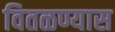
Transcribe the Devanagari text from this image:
वितळण्यास